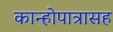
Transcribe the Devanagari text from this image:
कान्होपात्रासह